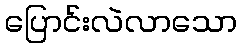
ပြောင်းလဲလာသော